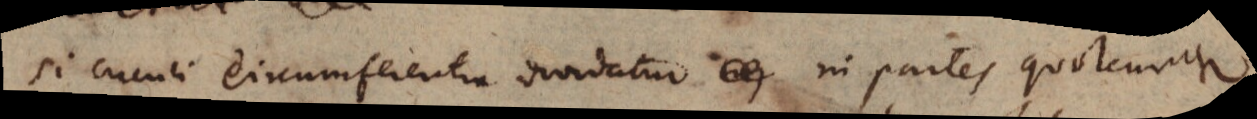
si circuli circumferentia dividatur _ in partes quotcunque